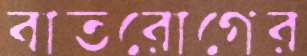
বাতরোগের